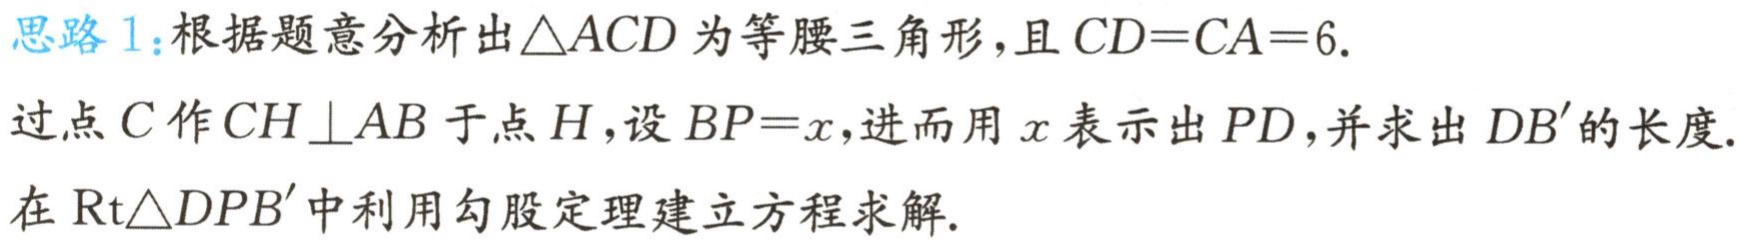
思路 1：根据题意分析出\(\triangle ACD\)为等腰三角形，且\(CD = CA = 6\).
过点\(C\)作\(CH\perp AB\)于点\(H\)，设\(BP = x\)，进而用\(x\)表示出\(PD\)，并求出\(DB'\)的长度.
在\(\text{Rt}\triangle DPB'\)中利用勾股定理建立方程求解.